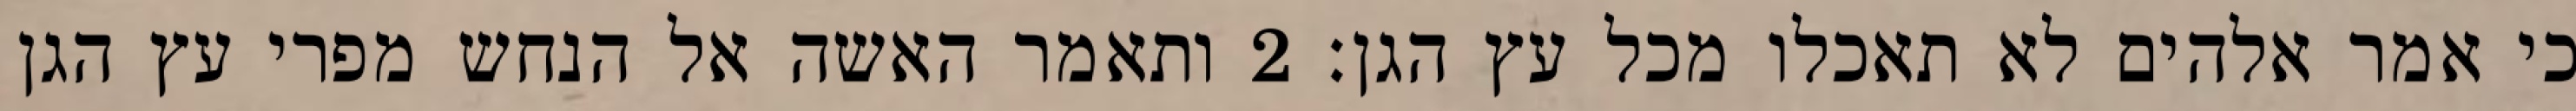
כי אמר אלהים לא תאכלו מכל עץ הגן׃ ‎2‏ ותאמר האשה אל הנחש מפרי עץ הגן